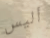
أليس